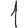
Digit: 1